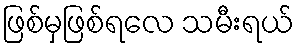
ဖြစ်မှဖြစ်ရလေ သမီးရယ်